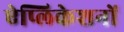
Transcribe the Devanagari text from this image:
ऐप्लिकेशनों